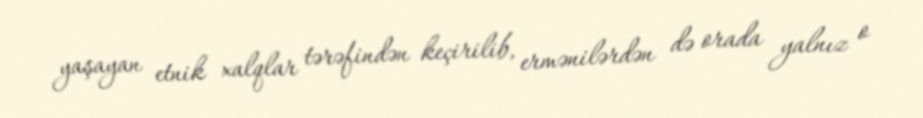
yaşayan etnik xalqlar tərəfindən keçirilib, ermənilərdən də orada yalnız o